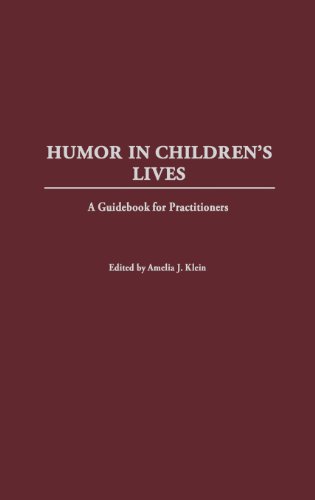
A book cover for Humor in Children's Lives: A Guidebook for Practitioners; Amelia Klein; Humor & Entertainment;